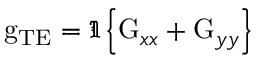
\mathrm { g } _ { \mathrm { T E } } = \Im \left\{ \mathrm { G } _ { x x } + \mathrm { G } _ { y y } \right\}